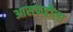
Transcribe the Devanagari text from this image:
आसफद्दौला